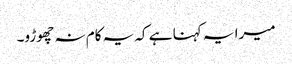
میرا یہ کہنا ہے کہ یہ کام نہ چھوڑو۔